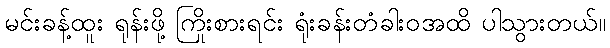
မင်းခန့်ထူး ရုန်းဖို့ ကြိုးစားရင်း ရုံးခန်းတံခါးဝအထိ ပါသွားတယ်။